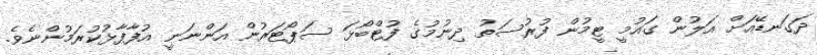
ދަގަނޑޭއަށް އަލުން ގައުމީ ޓީމުން ފުރުސަތު ދިނުމުގެ ފުޓްބޯޅަ ސަޕޯޓަރުން އަންނަނީ އުފާފާޅުކުރަމުންނެވެ.